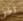
آخر